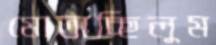
মোতাচ্ছিলুম